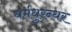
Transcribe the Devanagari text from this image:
धर्मधुरन्धर